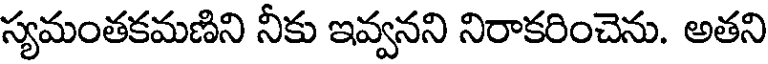
స్యమంతకమణిని నీకు ఇవ్వనని నిరాకరించెను. అతని